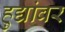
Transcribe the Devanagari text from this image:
हुद्यांवर